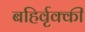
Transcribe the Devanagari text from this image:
बहिर्वृक्की